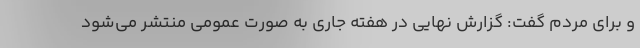
و برای مردم گفت: گزارش نهایی در هفته جاری به صورت عمومی منتشر می‌شود